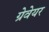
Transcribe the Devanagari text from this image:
ग्रेवेयर